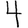
Digit: 4